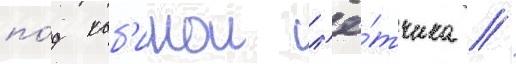
по́д каб'инои л'ё́тчика //